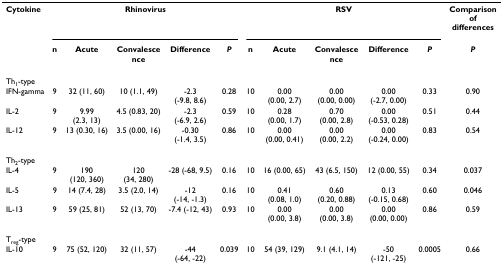
<table><thead><tr><td><b>Cytokine</b></td><td colspan="5"><b>Rhinovirus</b></td><td colspan="5"><b>RSV</b></td><td><b>Comparison of differences</b></td></tr><tr><td></td><td><b>n</b></td><td><b>Acute</b></td><td><b>Convalescence</b></td><td><b>Difference</b></td><td><b><i>P</i></b></td><td><b>n</b></td><td><b>Acute</b></td><td><b>Convalescence</b></td><td><b>Difference</b></td><td><b><i>P</i></b></td><td><b><i>P</i></b></td></tr></thead><tbody><tr><td>Th<sub>1</sub>-type</td><td></td><td></td><td></td><td></td><td></td><td></td><td></td><td></td><td></td><td></td><td></td></tr><tr><td>IFN-gamma</td><td>9</td><td>32 (11, 60)</td><td>10 (1.1, 49)</td><td>-2.3 (-9.8, 8.6)</td><td>0.28</td><td>10</td><td>0.00 (0.00, 2.7)</td><td>0.00 (0.00, 0.00)</td><td>0.00 (-2.7, 0.00)</td><td>0.33</td><td>0.90</td></tr><tr><td>IL-2</td><td>9</td><td>9.99 (2.3, 13)</td><td>4.5 (0.83, 20)</td><td>-2.3 (-6.9, 2.6)</td><td>0.59</td><td>10</td><td>0.28 (0.00, 1.7)</td><td>0.70 (0.00, 2.8)</td><td>0.00 (-0.53, 0.28)</td><td>0.51</td><td>0.44</td></tr><tr><td>IL-12</td><td>9</td><td>13 (0.30, 16)</td><td>3.5 (0.00, 16)</td><td>-0.30 (-1.4, 3.5)</td><td>0.86</td><td>10</td><td>0.00 (0.00, 0.41)</td><td>0.00 (0.00, 2.2)</td><td>0.00 (-0.24, 0.00)</td><td>0.83</td><td>0.54</td></tr><tr><td>Th<sub>2</sub>-type</td><td></td><td></td><td></td><td></td><td></td><td></td><td></td><td></td><td></td><td></td><td></td></tr><tr><td>IL-4</td><td>9</td><td>190 (120, 360)</td><td>120 (34, 280)</td><td>-28 (-68, 9.5)</td><td>0.16</td><td>10</td><td>16 (0.00, 65)</td><td>43 (6.5, 150)</td><td>12 (0.00, 55)</td><td>0.34</td><td>0.037</td></tr><tr><td>IL-5</td><td>9</td><td>14 (7.4, 28)</td><td>3.5 (2.0, 14)</td><td>-12 (-14, -1.3)</td><td>0.16</td><td>10</td><td>0.41 (0.08, 1.0)</td><td>0.60 (0.20, 0.88)</td><td>0.13 (-0.15, 0.68)</td><td>0.60</td><td>0.046</td></tr><tr><td>IL-13</td><td>9</td><td>59 (25, 81)</td><td>52 (13, 70)</td><td>-7.4 (-12, 43)</td><td>0.93</td><td>10</td><td>0.00 (0.00, 3.8)</td><td>0.00 (0.00, 3.8)</td><td>0.00 (0.00, 0.00)</td><td>0.86</td><td>0.59</td></tr><tr><td>T<sub>reg</sub>-type</td><td></td><td></td><td></td><td></td><td></td><td></td><td></td><td></td><td></td><td></td><td></td></tr><tr><td>IL-10</td><td>9</td><td>75 (52, 120)</td><td>32 (11, 57)</td><td>-44 (-64, -22)</td><td>0.039</td><td>10</td><td>54 (39, 129)</td><td>9.1 (4.1, 14)</td><td>-50 (-121, -25)</td><td>0.0005</td><td>0.66</td></tr></tbody></table>